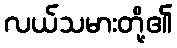
လယ်သမားတို့၏